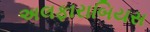
અલફારાબિયસ